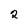
Character: 2